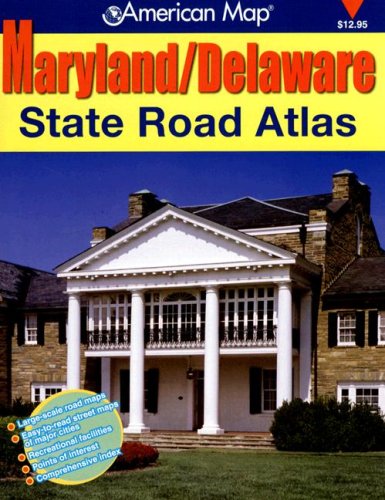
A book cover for Maryland/Delaware State Road Atlas; Not Available (NA); Travel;